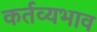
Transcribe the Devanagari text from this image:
कर्तव्यभाव